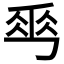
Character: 𠃀